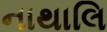
નાથાલિ